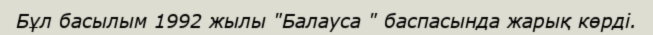
Бұл басылым 1992 жылы "Балауса " баспасында жарық көрді.